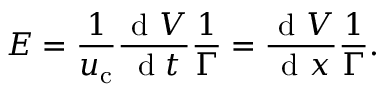
E = \frac { 1 } { u _ { \mathrm { c } } } \frac { \textrm { d } V } { \textrm { d } t } \frac { 1 } { \Gamma } = \frac { \textrm { d } V } { \textrm { d } x } \frac { 1 } { \Gamma } .